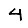
Digit: 4